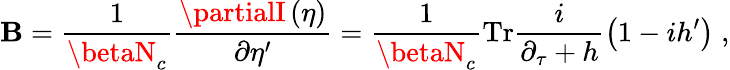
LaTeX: \mathbf{B}=\frac{{1}}{{\betaN_{c}}}\frac{{\partialI\left(\eta\right)}}{{\partial\eta^{\prime}}}=\frac{{1}}{{\betaN_{c}}}\mathrm{{Tr}}\frac{{i}}{{\partial_{\tau}+h}}\left(1-ih^{\prime}\right)\; ,